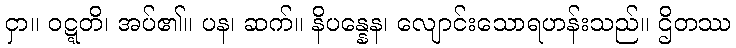
ငှာ။ ဝဋ္ဋတိ၊ အပ်၏။ ပန၊ ဆက်။ နိပန္နေန၊ လျောင်းသောရဟန်းသည်။ ဌိတဿ